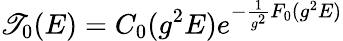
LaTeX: {\cal\mathscr{T}}_{0}(E)=C_{0}(g^{2}E)e^{-\frac{{1}}{{g^{2}}}F_{0}(g^{2}E)}